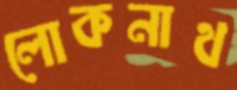
লোকনাথ